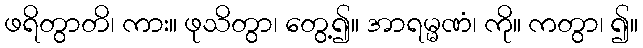
ဖရိတွာတိ၊ ကား။ ဖုသိတွာ၊ တွေ့၍။ အာရမ္မဏံ၊ ကို။ ကတွာ၊ ၍။